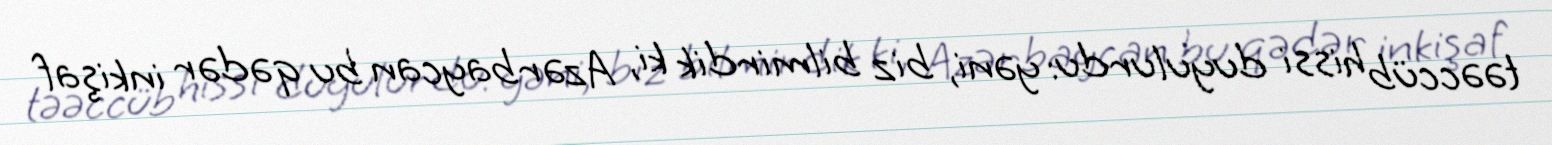
təəccüb hissi duyulurdu: yəni, biz bilmirdik ki, Azərbaycan bu qədər inkişaf